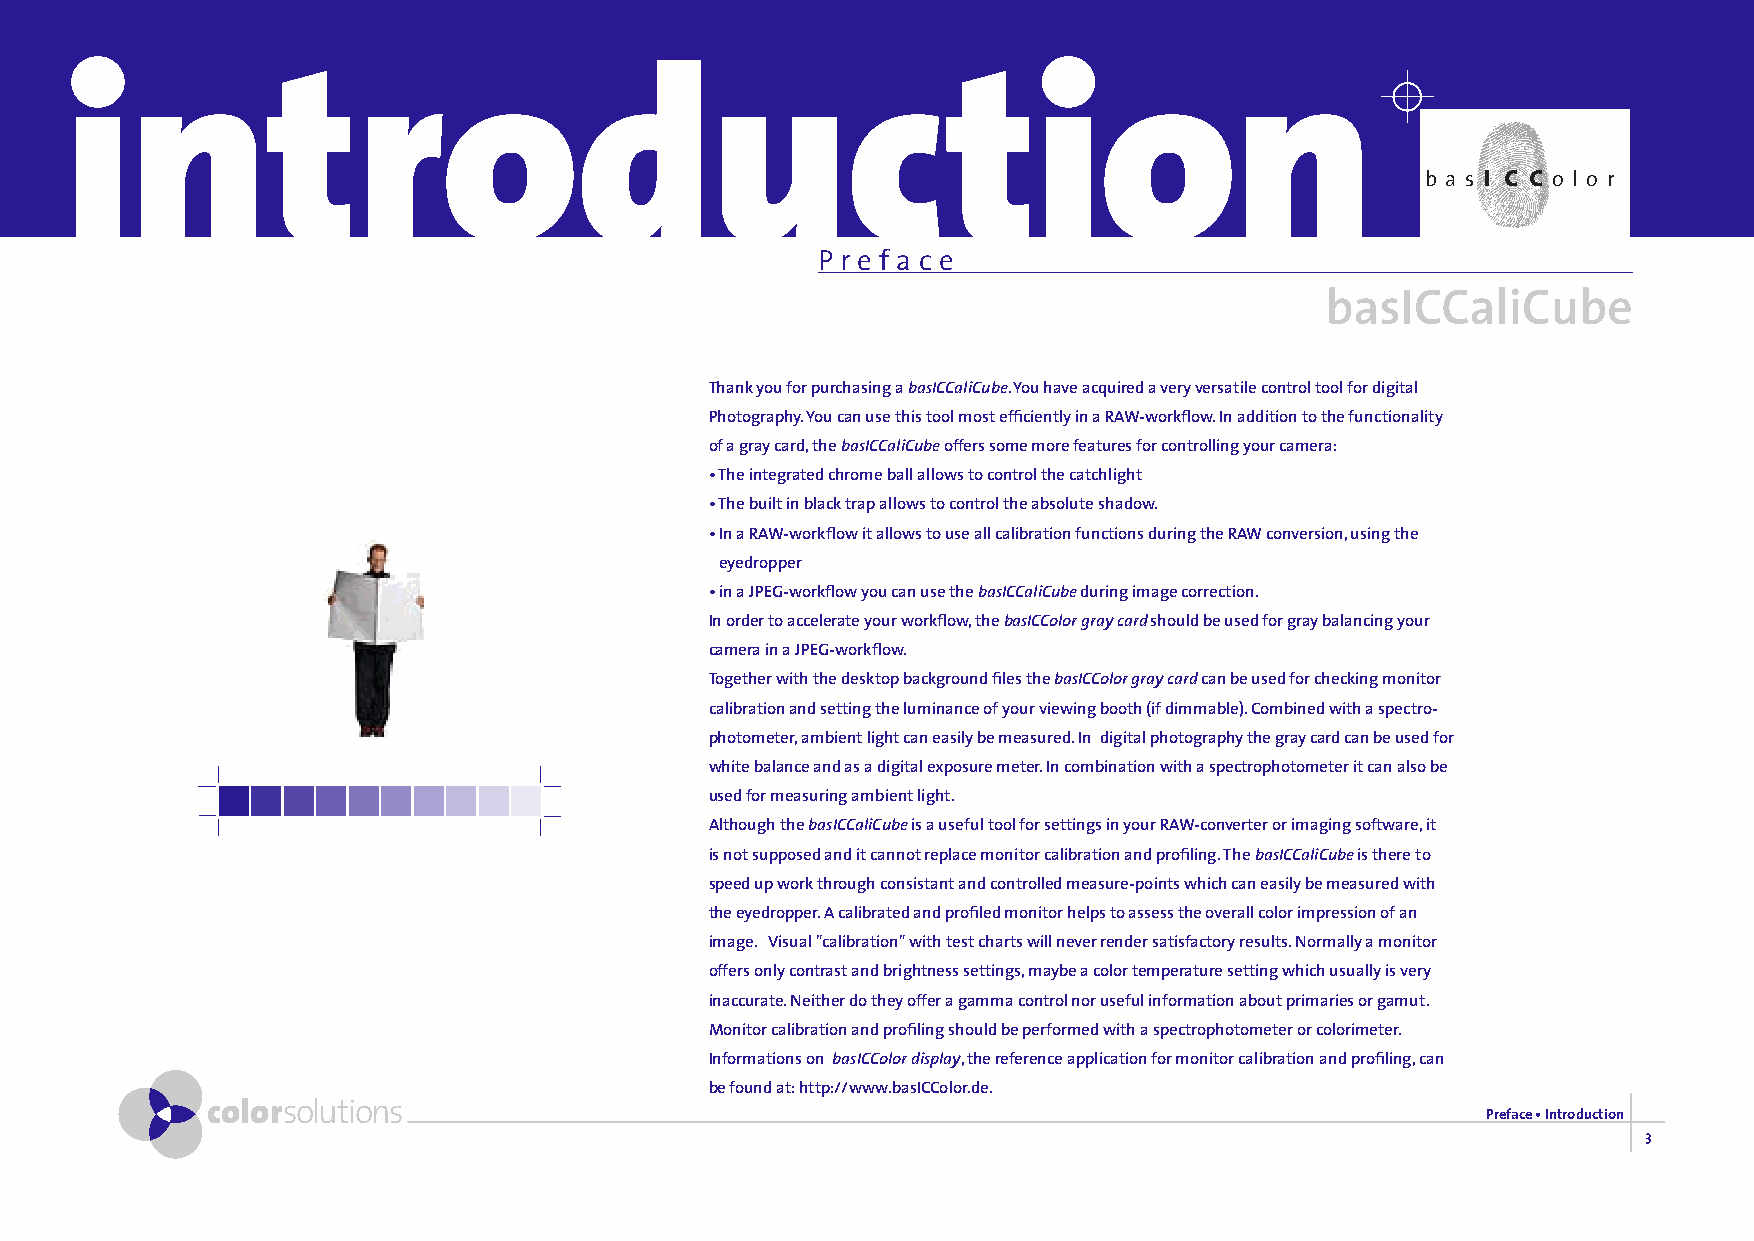
introduction
 b a s i c c o l o r
 P r e f a c e
 basICCaliCube
 Thank you for purchasing a basICCaliCube. You have acquired a very versatile control tool for digital
 Photography. You can use this tool most efficiently in a RAW-workflow. In addition to the functionality
 of a gray card, the basICCaliCube offers some more features for controlling your camera:
 • The integrated chrome ball allows to control the catchlight
 • The built in black trap allows to control the absolute shadow.
 • In a RAW-workflow it allows to use all calibration functions during the RAW conversion, using the
 eyedropper
 • in a JPEG-workflow you can use the basICCaliCube during image correction.
 In order to accelerate your workflow, the basICColor gray card should be used for gray balancing your
 camera in a JPEG-workflow.
 Together with the desktop background files the basICColor gray card can be used for checking monitor
 calibration and setting the luminance of your viewing booth (if dimmable). Combined with a spectro-
 photometer, ambient light can easily be measured. In digital photography the gray card can be used for
 white balance and as a digital exposure meter. In combination with a spectrophotometer it can also be
 used for measuring ambient light.
 Although the basICCaliCube is a useful tool for settings in your RAW-converter or imaging software, it
 is not supposed and it cannot replace monitor calibration and profiling. The basICCaliCube is there to
 speed up work through consistant and controlled measure-points which can easily be measured with
 the eyedropper. A calibrated and profiled monitor helps to assess the overall color impression of an
 image. Visual "calibration" with test charts will never render satisfactory results. Normally a monitor
 offers only contrast and brightness settings, maybe a color temperature setting which usually is very
 inaccurate. Neither do they offer a gamma control nor useful information about primaries or gamut.
 Monitor calibration and profiling should be performed with a spectrophotometer or colorimeter.
 Informations on basICColor display, the reference application for monitor calibration and profiling, can
 be found at: http://www.basICColor.de.
 colorsolutions
 Preface • Introduction
 3